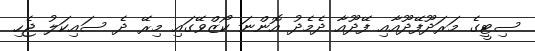
ސިޓީގެ މަރަދޫފޭދޫއާއި ފޭދޫއާ ދެމެދު އޮންނަ ކޯޒްވޭގައި މިރޭ ދެ ސައިކަލު ޖެހި